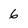
Character: 6